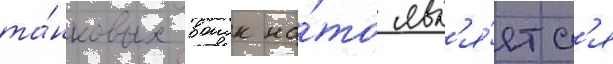
та́нковых воиск на́то явл'я́етс'я